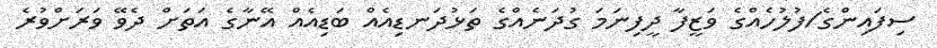
ސިފައިންގެ/ފުލުހެއްގެ ވަޒީފާ ދީފިނަމަ ގުދަނެއްގެ ތަޅުދަނޑިއެއް ބަޑިއެއް އޭނާގެ އަތަށް ދެވޭ ވަރަށްވުރެ